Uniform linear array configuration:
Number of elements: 32
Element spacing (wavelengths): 0.5
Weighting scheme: kaiser
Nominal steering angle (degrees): -15
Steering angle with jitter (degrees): -14.146
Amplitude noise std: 0.05
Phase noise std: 0.05

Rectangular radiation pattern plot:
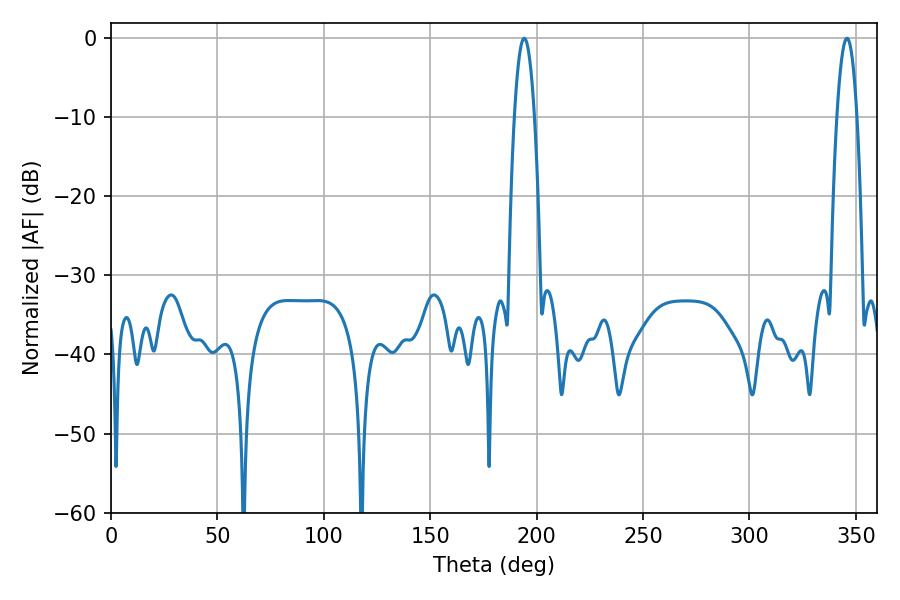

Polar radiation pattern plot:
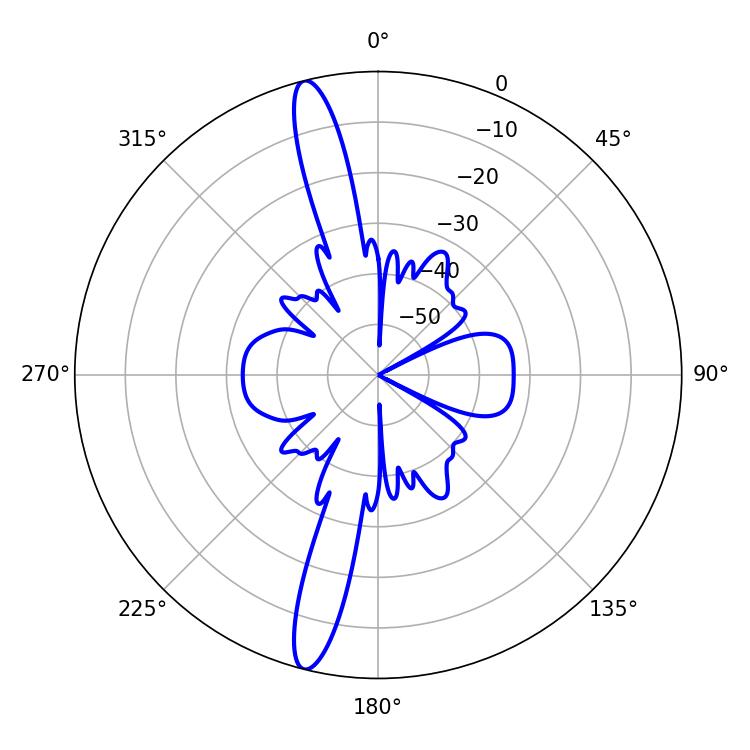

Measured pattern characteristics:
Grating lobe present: FALSE
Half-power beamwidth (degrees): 5.22
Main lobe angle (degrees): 345.78